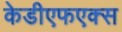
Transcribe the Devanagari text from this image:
केडीएफएक्स